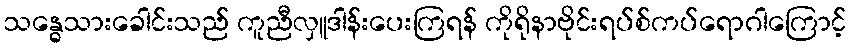
သန္ဓေသားခေါင်းသည် ကူညီလှူဒါန်းပေးကြရန် ကိုရိုနာဗိုင်းရပ်စ်ကပ်ရောဂါကြောင့်